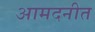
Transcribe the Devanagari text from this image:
आमदनीत